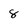
Character: 8